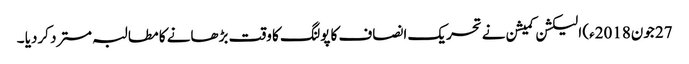
27 جون2018ء) الیکشن کمیشن نے تحریک انصاف کا پولنگ کا وقت بڑھانے کا مطالبہ مسترد کردیا ۔